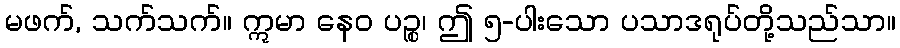
မဖက်, သက်သက်။ ဣမာ နေဝ ပဉ္စ၊ ဤ ၅-ပါးသော ပသာဒရုပ်တို့သည်သာ။